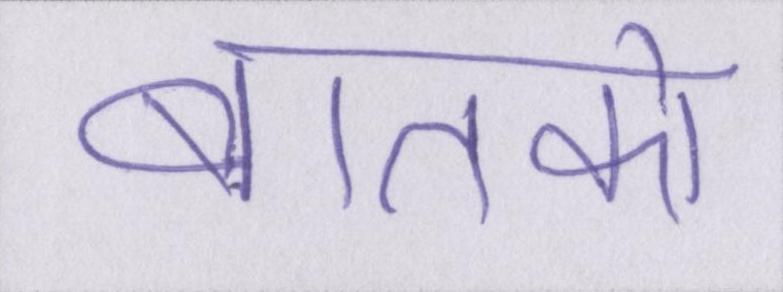
बातको